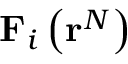
\mathbf { F } _ { i } \left( \mathbf { r } ^ { N } \right)